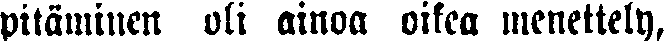
pitäminen oli ainoa oikea menettely,